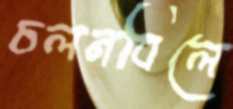
চলনবিলে